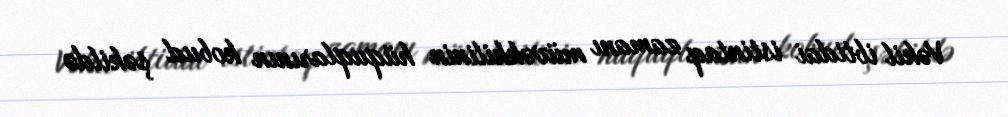
Vəkil ibtidai istintaq zamanı müvəkkilinin hüquqlarının kobud şəkildə